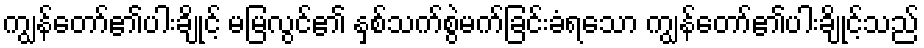
ကျွန်တော်၏ပါးချိုင့် မမြလွင်၏ နှစ်သက်စွဲမက်ခြင်းခံရသော ကျွန်တော်၏ပါးချိုင့်သည်